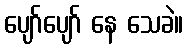
ပျော်ပျော် နေ သေခဲ။